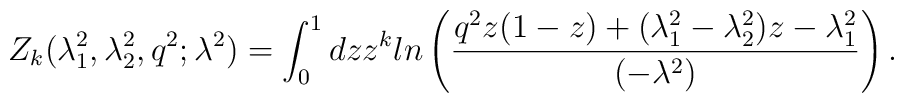
Z_{k}(\lambda _{1}^{2},\lambda _{2}^{2},q^{2};\lambda^{2})=\int_{0}^{1}dzz^{k}ln\left( \frac{q^{2}z(1-z)+(\lambda_{1}^{2}-\lambda _{2}^{2})z-\lambda _{1}^{2}}{(-\lambda ^{2})}\right) .